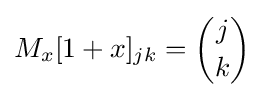
M_{x}[1+x]_{jk}={\binom {j}{k}}